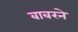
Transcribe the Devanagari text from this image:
बाबरने